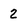
Character: 2